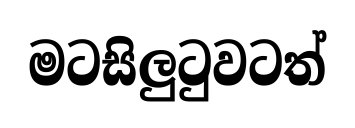
මටසිලුටුවටත්